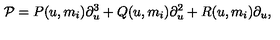
{ \cal P } = { P } ( u , m _ { i } ) \partial _ { u } ^ { 3 } + { Q } ( u , m _ { i } ) \partial _ { u } ^ { 2 } + { R } ( u , m _ { i } ) \partial _ { u } ,